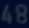
48